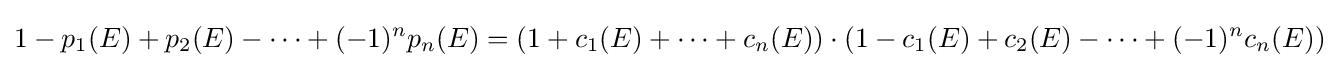
1-p_{1}(E)+p_{2}(E)-\cdots +(-1)^{n}p_{n}(E)=(1+c_{1}(E)+\cdots +c_{n}(E))\cdot (1-c_{1}(E)+c_{2}(E)-\cdots +(-1)^{n}c_{n}(E))